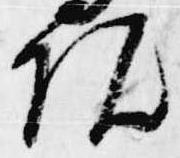
院